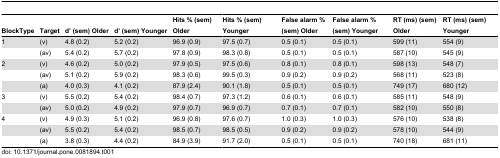
| BlockType | Target | d’ (sem) Older | d’ (sem) Younger | Hits % (sem) Older | Hits % (sem) Younger | False alarm % (sem) Older | False alarm % (sem) Younger | RT (ms) (sem) Older | RT (ms) (sem) Younger |
 | --- | --- | --- | --- | --- | --- | --- | --- | --- | --- |
 | 1 | (v) | 4.8 (0.2) | 5.2 (0.2) | 96.9 (0.9) | 97.5 (0.7) | 0.5 (0.1) | 0.5 (0.1) | 599 (11) | 554 (9) |
 |  | (av) | 5.4 (0.2) | 5.7 (0.2) | 97.8 (0.9) | 98.3 (0.8) | 0.5 (0.1) | 0.5 (0.1) | 587 (10) | 545 (9) |
 | 2 | (v) | 4.6 (0.2) | 5.0 (0.2) | 97.9 (0.5) | 97.5 (0.6) | 0.8 (0.1) | 0.8 (0.1) | 598 (13) | 548 (7) |
 |  | (av) | 5.1 (0.2) | 5.9 (0.2) | 98.3 (0.6) | 99.5 (0.3) | 0.9 (0.2) | 0.9 (0.2) | 568 (11) | 523 (8) |
 |  | (a) | 4.0 (0.3) | 4.1 (0.2) | 87.9 (2.4) | 90.1 (1.8) | 0.5 (0.1) | 0.5 (0.1) | 749 (17) | 680 (12) |
 | 3 | (v) | 5.5 (0.2) | 5.4 (0.2) | 98.4 (0.7) | 97.3 (1.2) | 0.6 (0.1) | 0.6 (0.1) | 585 (11) | 548 (9) |
 |  | (av) | 5.0 (0.2) | 4.9 (0.2) | 97.9 (0.7) | 96.9 (0.7) | 0.7 (0.1) | 0.7 (0.1) | 582 (10) | 550 (8) |
 | 4 | (v) | 4.9 (0.3) | 5.1 (0.2) | 96.9 (0.8) | 97.6 (0.7) | 1.0 (0.3) | 1.0 (0.3) | 576 (10) | 538 (8) |
 |  | (av) | 5.5 (0.2) | 5.4 (0.2) | 98.5 (0.7) | 98.5 (0.5) | 0.9 (0.2) | 0.9 (0.2) | 578 (10) | 544 (9) |
 |  | (a) | 3.8 (0.3) | 4.4 (0.2) | 84.9 (3.9) | 91.7 (2.0) | 0.5 (0.1) | 0.5 (0.1) | 740 (18) | 681 (11) |